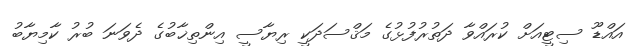
އައްޑޫ ސިޓީއަށް ކުރައްވާ ދަތުރުފުޅުގެ މަޤްސަދަކީ ރިޔާސީ އިންތިޚާބުގެ ދެވަނަ ބުރު ކާމިޔާބު